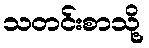
သတင်းစာသို့